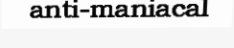
anti-maniacal